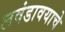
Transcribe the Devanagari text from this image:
लवंडावयाचे